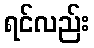
ရင်လည်း